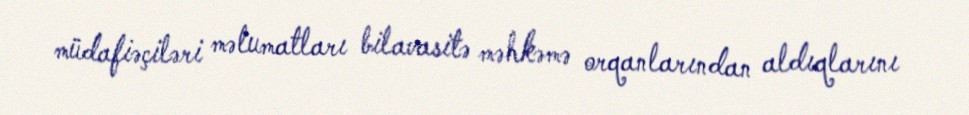
müdafiəçiləri məlumatları bilavasitə məhkəmə orqanlarından aldıqlarını